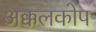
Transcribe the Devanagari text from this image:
अक्कलकोप